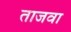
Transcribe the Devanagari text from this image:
ताजवा